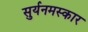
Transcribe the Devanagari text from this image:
सुर्यनमस्कार